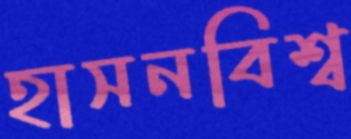
হাসনবিশ্ব